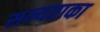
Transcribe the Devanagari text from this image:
सम्यताका